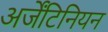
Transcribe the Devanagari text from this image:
अर्जेंटिनियन